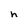
Character: h